Problem: 9 × 9 = ?
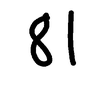
Handwritten answer: 81